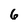
Character: 6